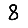
Digit: 8